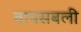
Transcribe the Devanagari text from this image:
वायसबली